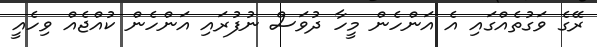
ރޭގެ ވަގުތެއްގައި އެ އަންހެން މީހާ ދުވަސް ނުފުރައި އަންހެން ކުއްޖެއް ވިހެއީ